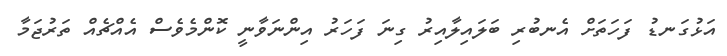
އަޅުގަނޑު ފަހަތަށް އެނބުރި ބަލައިލާއިރު ގިނަ ފަހަރު އިންނަވާނީ ކޮންމެވެސް އެއްޗެއް ތަރުޖަމާ